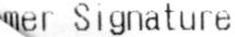
MER SIGNATURE